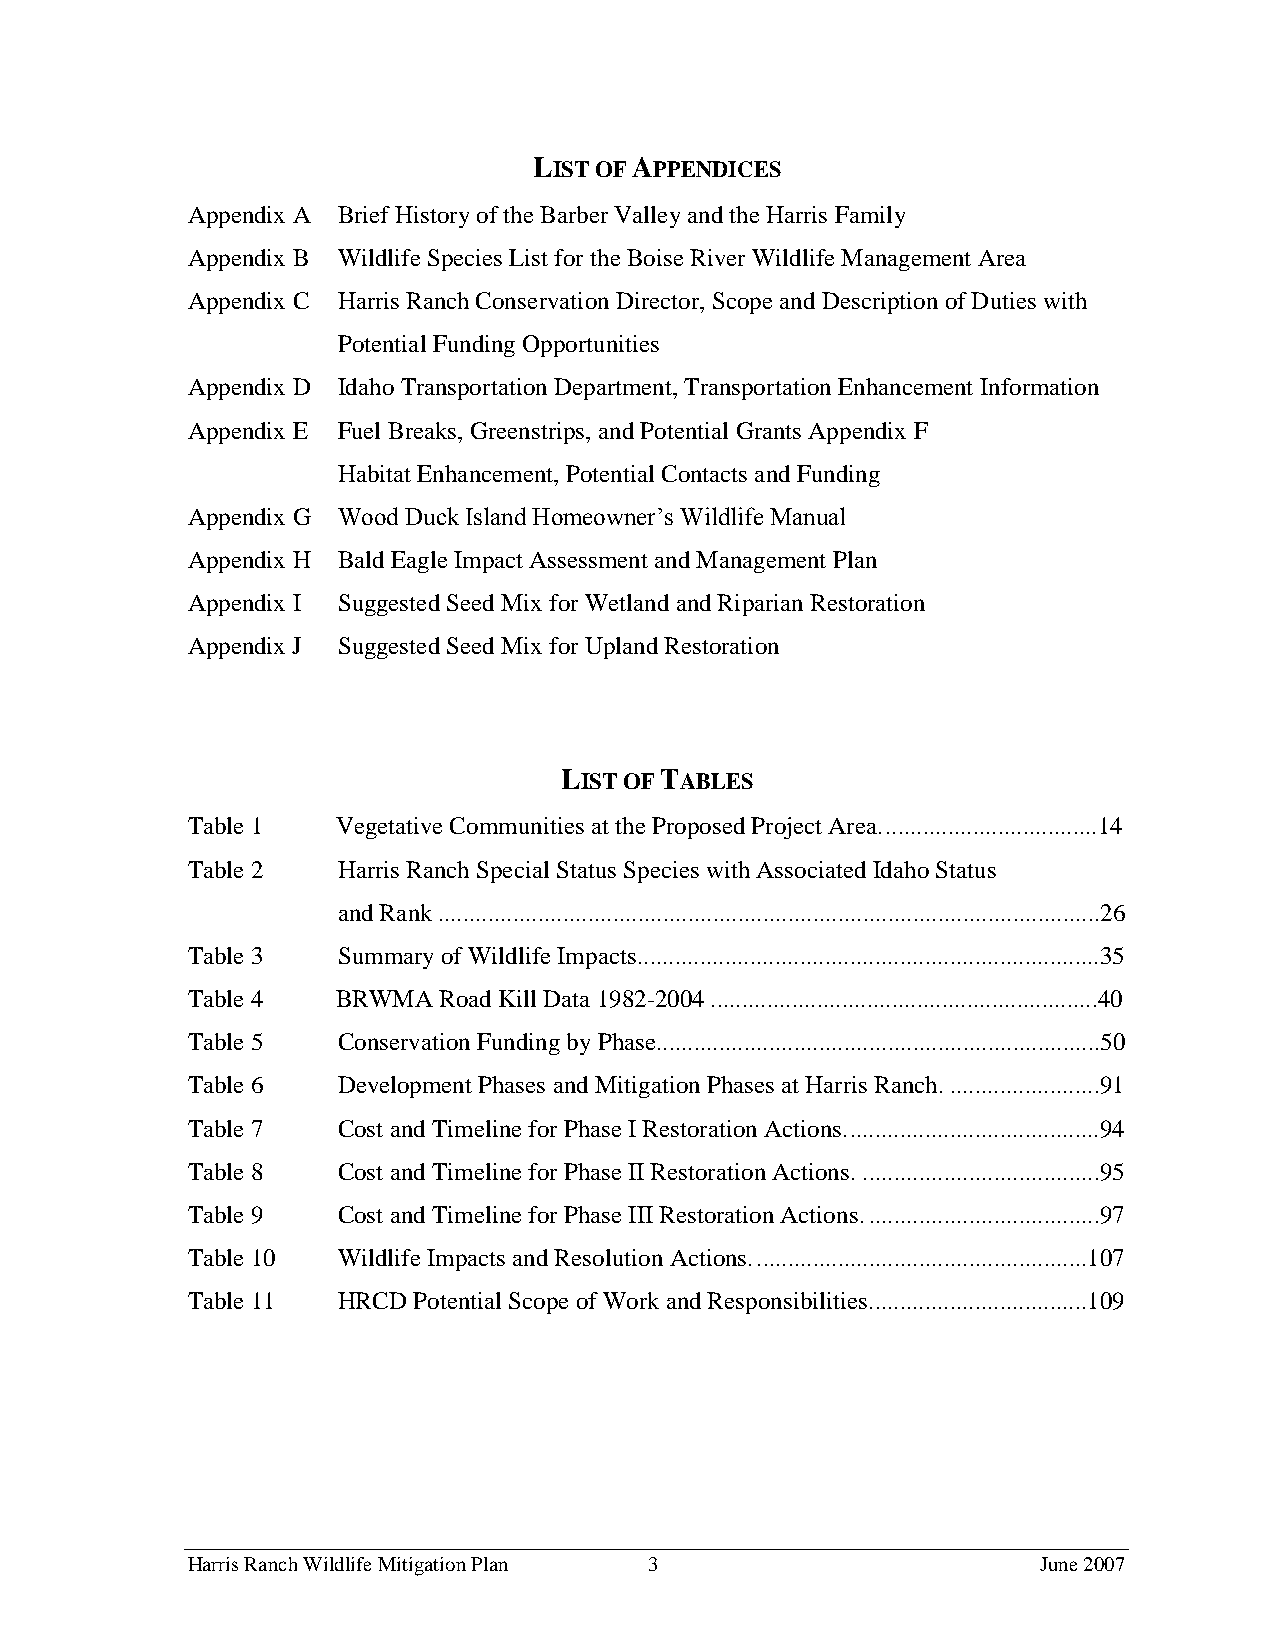
LIST OF APPENDICES
 Appendix A Brief History of the Barber Valley and the Harris Family
 Appendix B Wildlife Species List for the Boise River Wildlife Management Area
 Appendix C Harris Ranch Conservation Director, Scope and Description of Duties with
 Potential Funding Opportunities
 Appendix D Idaho Transportation Department, Transportation Enhancement Information
 Appendix E Fuel Breaks, Greenstrips, and Potential Grants Appendix F
 Habitat Enhancement, Potential Contacts and Funding
 Appendix G Wood Duck Island Homeowner’s Wildlife Manual
 Appendix H Bald Eagle Impact Assessment and Management Plan
 Appendix I Suggested Seed Mix for Wetland and Riparian Restoration
 Appendix J Suggested Seed Mix for Upland Restoration
 LIST OF TABLES
 Table 1   Vegetative Communities at the Proposed Project Area. ..................................14
 Table 2   Harris Ranch Special Status Species with Associated Idaho Status
 and Rank ..........................................................................................................26
 Table 3   Summary of Wildlife Impacts..........................................................................35
 Table 4   BRWMA  Road Kill Data 1982-2004 ..............................................................40
 Table 5   Conservation Funding by Phase.......................................................................50
 Table 6   Development Phases and Mitigation Phases at Harris Ranch. ........................91
 Table 7   Cost and Timeline for Phase I Restoration Actions.........................................94
 Table 8   Cost and Timeline for Phase II Restoration Actions. ......................................95
 Table 9   Cost and Timeline for Phase III Restoration Actions. .....................................97
 Table 10  Wildlife Impacts and Resolution Actions. .....................................................107
 Table 11  HRCD Potential Scope of Work and Responsibilities...................................109
 Harris Ranch Wildlife Mitigation Plan 3                  June 2007